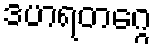
ဒဟရတဂ္ဂေ